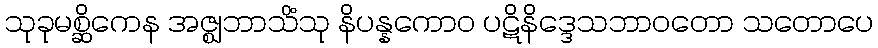
သုခုမစ္ဆိကေန အဇ္ဈဘာသိံသု နိပန္နကောဝ ပဋိနိဒ္ဒေသဘာဝတော သတောပေ